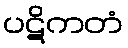
ပဋိကတံ